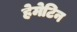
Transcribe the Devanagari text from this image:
हेमेटिन